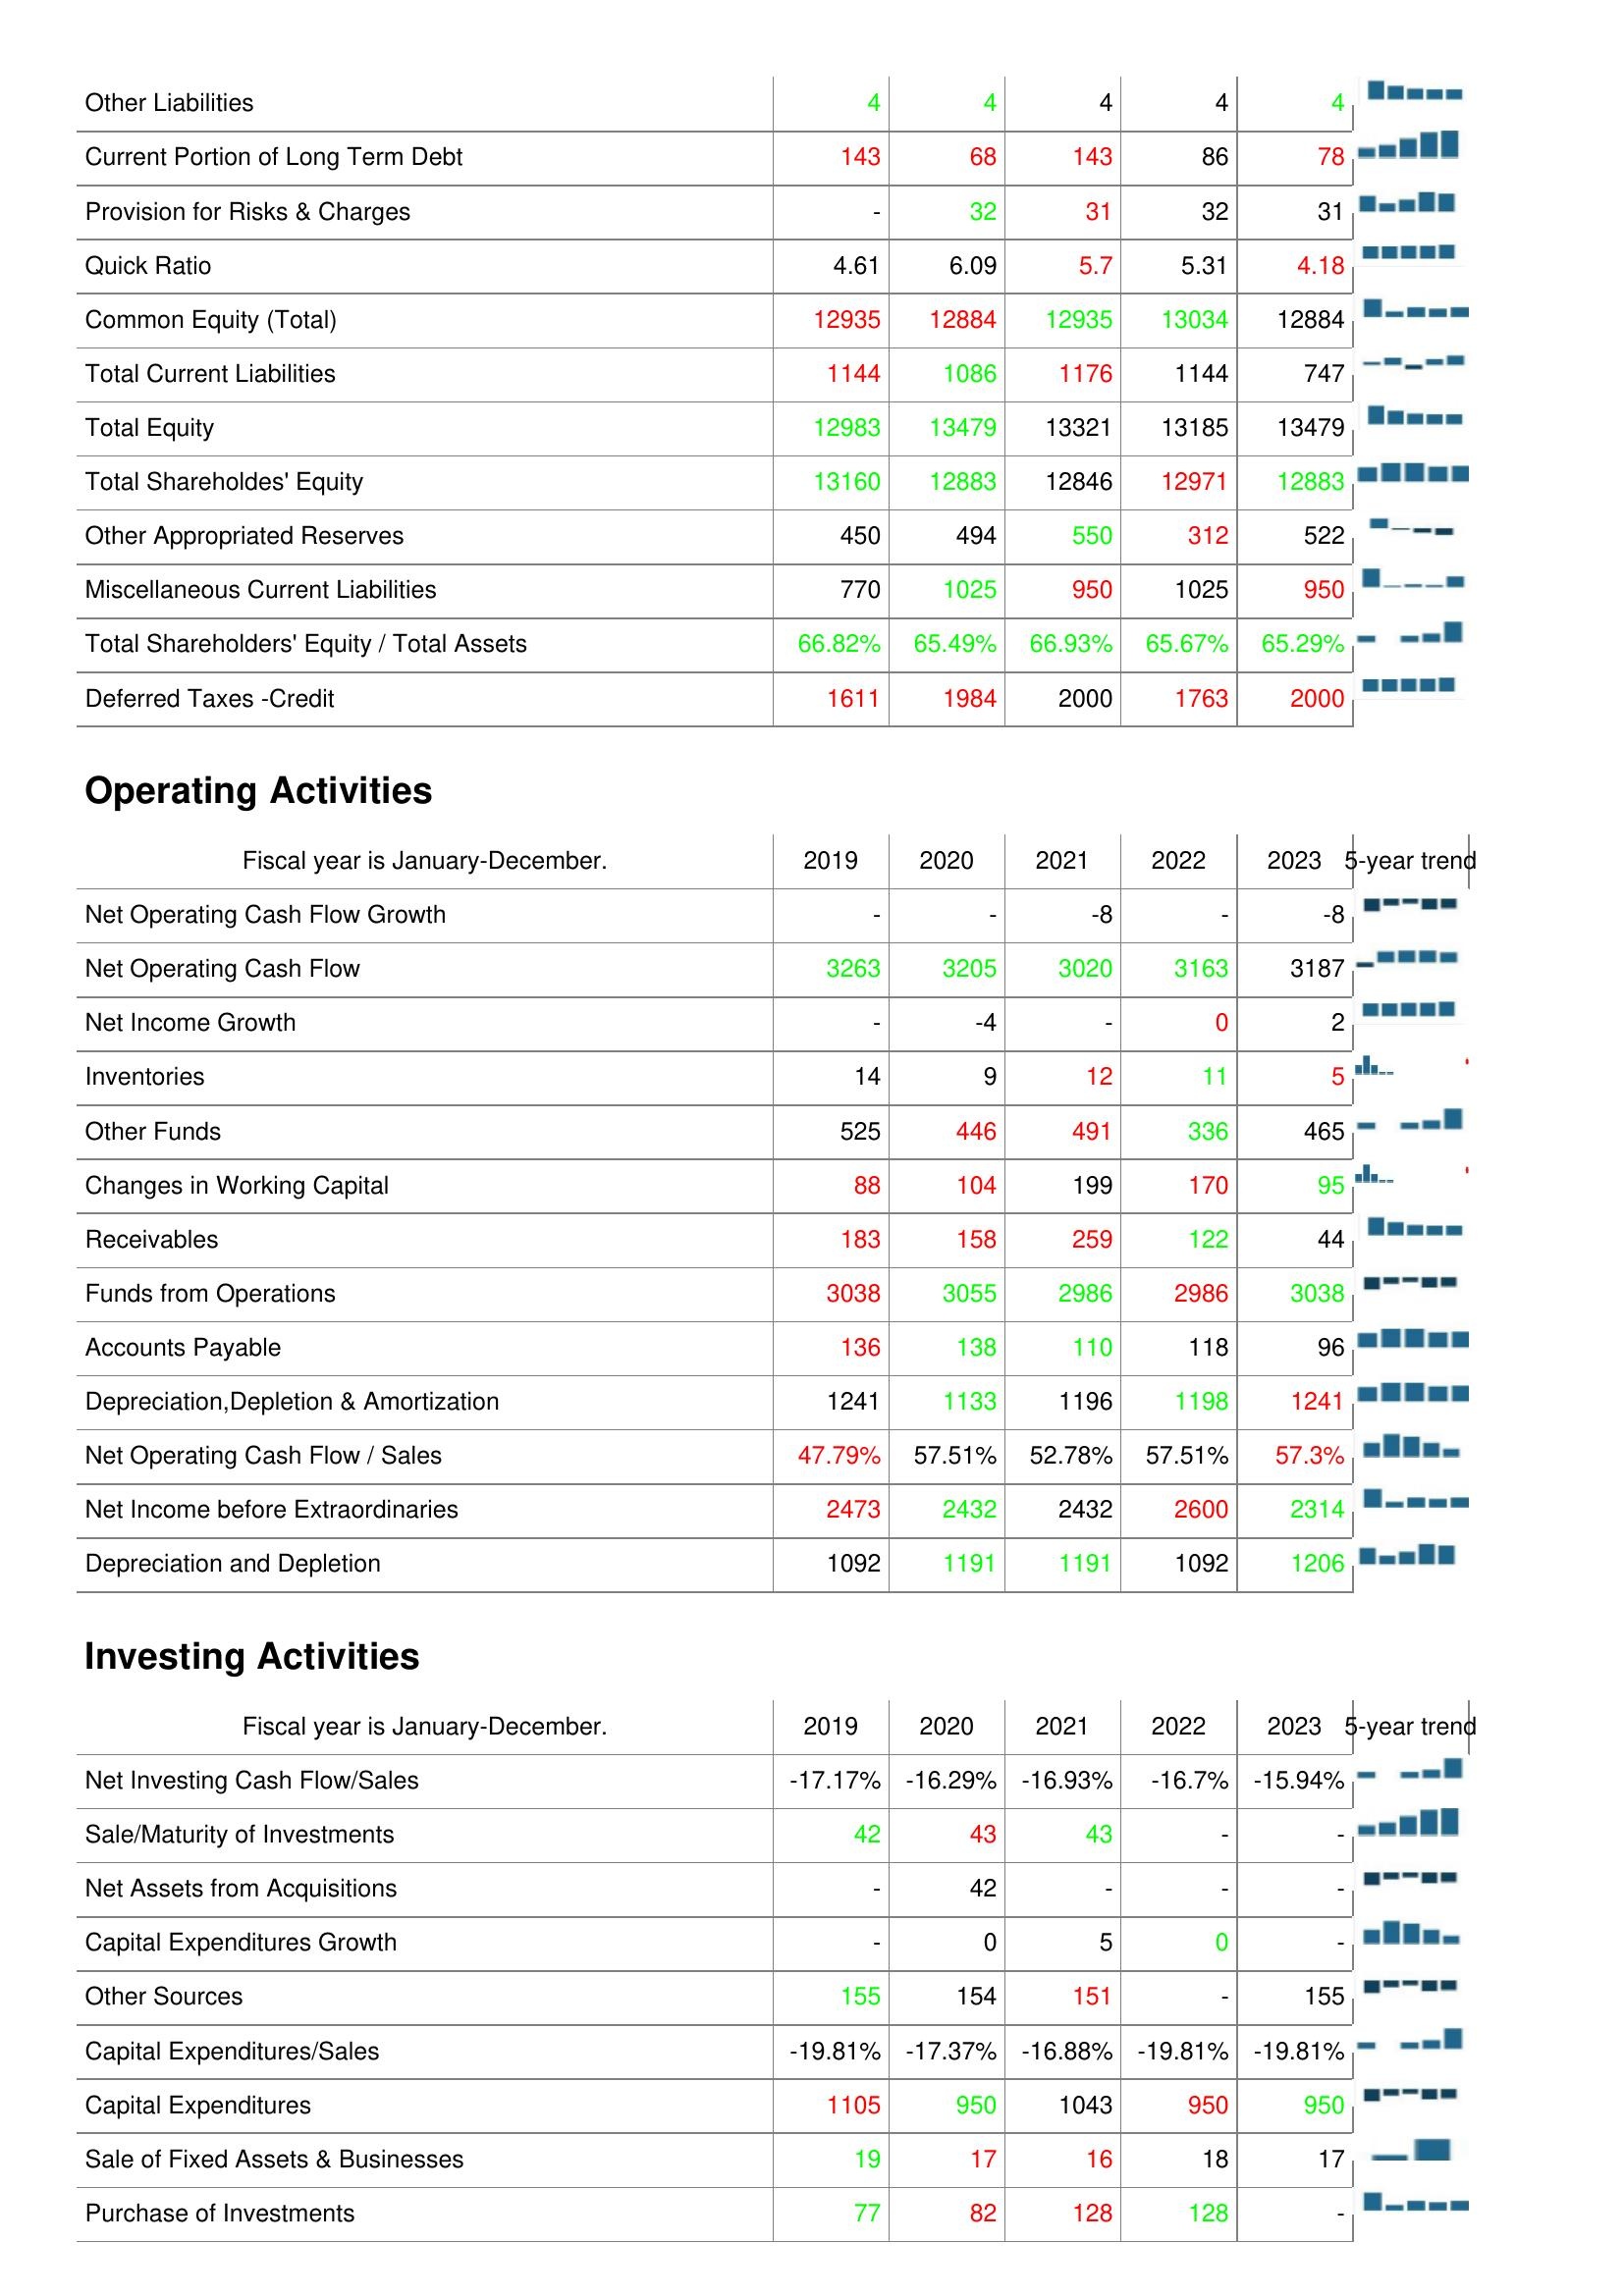
2019: Liabilities & Shareholder's Equity: Other Liabilities: 4
Current Portion of Long Term Debt: 143
Provision for Risks & Charges: -
Quick Ratio: 4.61
Common Equity (Total): 12935
Total Current Liabilities: 1144
Total Equity: 12983
Total Shareholdes' Equity: 13160
Other Appropriated Reserves: 450
Miscellaneous Current Liabilities: 770
Total Shareholders' Equity / Total Assets: 66.82%
Deferred Taxes -Credit: 1611
Operating Activities: Net Operating Cash Flow Growth: -
Net Operating Cash Flow: 3263
Net Income Growth: -
Inventories: 14
Other Funds: 525
Changes in Working Capital: 88
Receivables: 183
Funds from Operations: 3038
Accounts Payable: 136
Depreciation,Depletion & Amortization: 1241
Net Operating Cash Flow / Sales: 47.79%
Net Income before Extraordinaries: 2473
Depreciation and Depletion: 1092
Investing Activities: Net Investing Cash Flow/Sales: -17.17%
Sale/Maturity of Investments: 42
Net Assets from Acquisitions: -
Capital Expenditures Growth: -
Other Sources: 155
Capital Expenditures/Sales: -19.81%
Capital Expenditures: 1105
Sale of Fixed Assets & Businesses: 19
Purchase of Investments: 77
2020: Liabilities & Shareholder's Equity: Other Liabilities: 4
Current Portion of Long Term Debt: 68
Provision for Risks & Charges: 32
Quick Ratio: 6.09
Common Equity (Total): 12884
Total Current Liabilities: 1086
Total Equity: 13479
Total Shareholdes' Equity: 12883
Other Appropriated Reserves: 494
Miscellaneous Current Liabilities: 1025
Total Shareholders' Equity / Total Assets: 65.49%
Deferred Taxes -Credit: 1984
Operating Activities: Net Operating Cash Flow Growth: -
Net Operating Cash Flow: 3205
Net Income Growth: -4
Inventories: 9
Other Funds: 446
Changes in Working Capital: 104
Receivables: 158
Funds from Operations: 3055
Accounts Payable: 138
Depreciation,Depletion & Amortization: 1133
Net Operating Cash Flow / Sales: 57.51%
Net Income before Extraordinaries: 2432
Depreciation and Depletion: 1191
Investing Activities: Net Investing Cash Flow/Sales: -16.29%
Sale/Maturity of Investments: 43
Net Assets from Acquisitions: 42
Capital Expenditures Growth: 0
Other Sources: 154
Capital Expenditures/Sales: -17.37%
Capital Expenditures: 950
Sale of Fixed Assets & Businesses: 17
Purchase of Investments: 82
2021: Liabilities & Shareholder's Equity: Other Liabilities: 4
Current Portion of Long Term Debt: 143
Provision for Risks & Charges: 31
Quick Ratio: 5.7
Common Equity (Total): 12935
Total Current Liabilities: 1176
Total Equity: 13321
Total Shareholdes' Equity: 12846
Other Appropriated Reserves: 550
Miscellaneous Current Liabilities: 950
Total Shareholders' Equity / Total Assets: 66.93%
Deferred Taxes -Credit: 2000
Operating Activities: Net Operating Cash Flow Growth: -8
Net Operating Cash Flow: 3020
Net Income Growth: -
Inventories: 12
Other Funds: 491
Changes in Working Capital: 199
Receivables: 259
Funds from Operations: 2986
Accounts Payable: 110
Depreciation,Depletion & Amortization: 1196
Net Operating Cash Flow / Sales: 52.78%
Net Income before Extraordinaries: 2432
Depreciation and Depletion: 1191
Investing Activities: Net Investing Cash Flow/Sales: -16.93%
Sale/Maturity of Investments: 43
Net Assets from Acquisitions: -
Capital Expenditures Growth: 5
Other Sources: 151
Capital Expenditures/Sales: -16.88%
Capital Expenditures: 1043
Sale of Fixed Assets & Businesses: 16
Purchase of Investments: 128
2022: Liabilities & Shareholder's Equity: Other Liabilities: 4
Current Portion of Long Term Debt: 86
Provision for Risks & Charges: 32
Quick Ratio: 5.31
Common Equity (Total): 13034
Total Current Liabilities: 1144
Total Equity: 13185
Total Shareholdes' Equity: 12971
Other Appropriated Reserves: 312
Miscellaneous Current Liabilities: 1025
Total Shareholders' Equity / Total Assets: 65.67%
Deferred Taxes -Credit: 1763
Operating Activities: Net Operating Cash Flow Growth: -
Net Operating Cash Flow: 3163
Net Income Growth: 0
Inventories: 11
Other Funds: 336
Changes in Working Capital: 170
Receivables: 122
Funds from Operations: 2986
Accounts Payable: 118
Depreciation,Depletion & Amortization: 1198
Net Operating Cash Flow / Sales: 57.51%
Net Income before Extraordinaries: 2600
Depreciation and Depletion: 1092
Investing Activities: Net Investing Cash Flow/Sales: -16.7%
Sale/Maturity of Investments: -
Net Assets from Acquisitions: -
Capital Expenditures Growth: 0
Other Sources: -
Capital Expenditures/Sales: -19.81%
Capital Expenditures: 950
Sale of Fixed Assets & Businesses: 18
Purchase of Investments: 128
2023: Liabilities & Shareholder's Equity: Other Liabilities: 4
Current Portion of Long Term Debt: 78
Provision for Risks & Charges: 31
Quick Ratio: 4.18
Common Equity (Total): 12884
Total Current Liabilities: 747
Total Equity: 13479
Total Shareholdes' Equity: 12883
Other Appropriated Reserves: 522
Miscellaneous Current Liabilities: 950
Total Shareholders' Equity / Total Assets: 65.29%
Deferred Taxes -Credit: 2000
Operating Activities: Net Operating Cash Flow Growth: -8
Net Operating Cash Flow: 3187
Net Income Growth: 2
Inventories: 5
Other Funds: 465
Changes in Working Capital: 95
Receivables: 44
Funds from Operations: 3038
Accounts Payable: 96
Depreciation,Depletion & Amortization: 1241
Net Operating Cash Flow / Sales: 57.3%
Net Income before Extraordinaries: 2314
Depreciation and Depletion: 1206
Investing Activities: Net Investing Cash Flow/Sales: -15.94%
Sale/Maturity of Investments: -
Net Assets from Acquisitions: -
Capital Expenditures Growth: -
Other Sources: 155
Capital Expenditures/Sales: -19.81%
Capital Expenditures: 950
Sale of Fixed Assets & Businesses: 17
Purchase of Investments: -